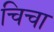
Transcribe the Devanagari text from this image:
चिचा